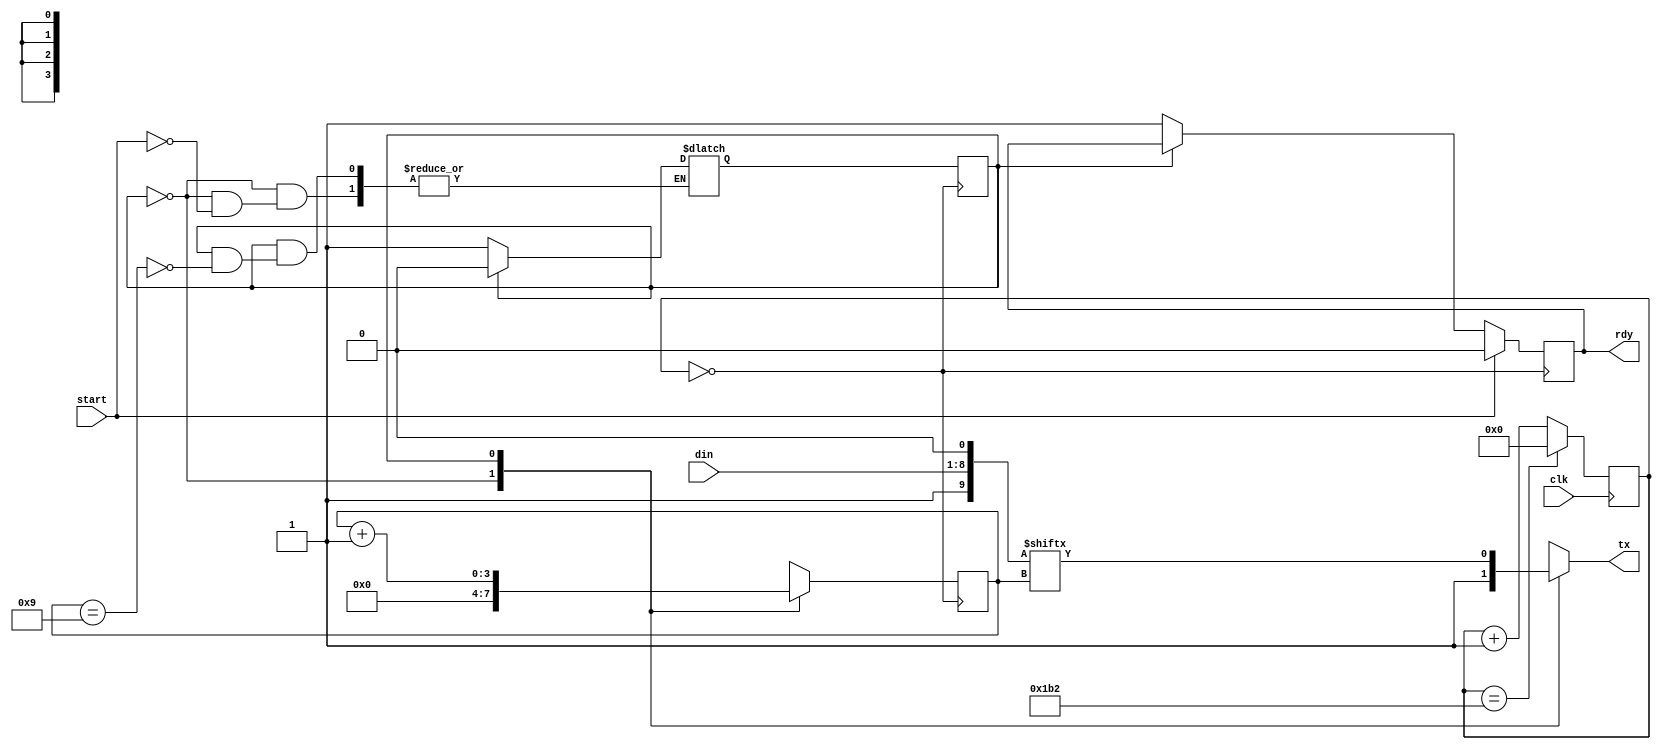

module uart_tx (
  input clk,
  input start,
  input [7:0] din,
  output reg tx,
  output reg rdy
);

reg [3:0] bit_cnt;
wire [9:0] data;
reg state, next_state;

parameter IDLE = 1'b0, DATA = 1'b1;

wire clk_en;
reg [8:0] clk_cnt;

always @(posedge clk)
  if (clk_cnt == 9'd434) // 50M / 115200 = 434
    clk_cnt <= 9'd0;
  else
    clk_cnt <= clk_cnt + 9'd1;

assign clk_en = clk_cnt == 9'd0; 

// stop bit, data[7:0], start bit
assign data = { 1'b1, din, 1'b0 };

always @(posedge clk_en)
  if (start)
    rdy <= 0;
  else if (state == IDLE)
    rdy <= 1;

always @(posedge clk_en)
  state <= next_state;

always @(posedge clk_en)
  case (state)
    IDLE: bit_cnt <= 0;
    DATA: bit_cnt <= bit_cnt + 4'd1;
  endcase

always @*
  case (state)
    IDLE: if (start) next_state = DATA;
    DATA: if (bit_cnt == 4'd9) next_state = IDLE;
  endcase

always @*
  case (state)
    IDLE: tx = 1'b1;
    DATA: tx = data[bit_cnt];
  endcase

endmodule